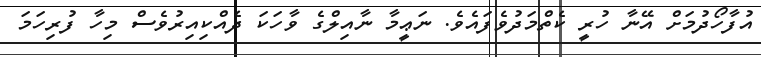
އުފާހޯދުމަށް އޭނާ ހުރީ ކެތްމަދުވެފައެވެ. ނަޢީމާ ނާއިލްގެ ވާހަކަ ދެއްކިއިރުވެސް މިހާ ފުރިހަމަ